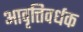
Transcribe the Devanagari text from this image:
आवृत्तिवर्धक